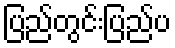
ပြည်တွင်းပြည်ပ